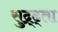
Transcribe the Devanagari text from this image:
सुद्र्ढ्ता